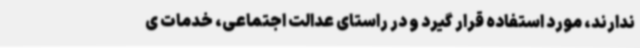
ندارند، مورد استفاده قرار گیرد و در راستای عدالت اجتماعی، خدمات ی